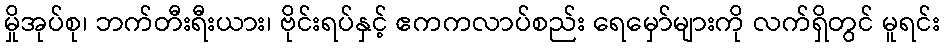
မှိုအုပ်စု၊ ဘက်တီးရီးယား၊ ဗိုင်းရပ်နှင့် ဧကကလာပ်စည်း ရေမှော်များကို လက်ရှိတွင် မူရင်း